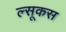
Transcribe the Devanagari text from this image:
ल्सूकस